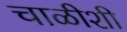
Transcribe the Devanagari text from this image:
चाळीशी